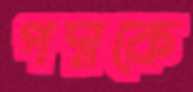
পদ্মকে